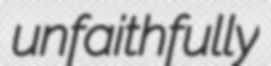
unfaithfully